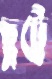
ছুট্টে